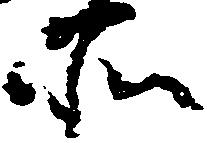
所